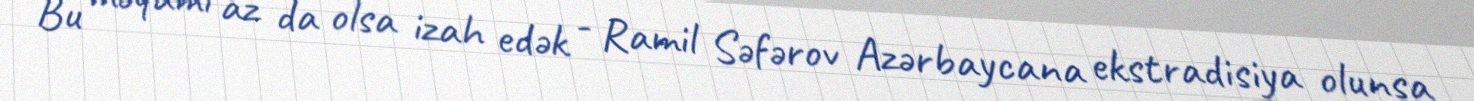
Bu məqamı az da olsa izah edək - Ramil Səfərov Azərbaycana ekstradisiya olunsa